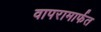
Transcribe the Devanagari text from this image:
वापरामार्फत